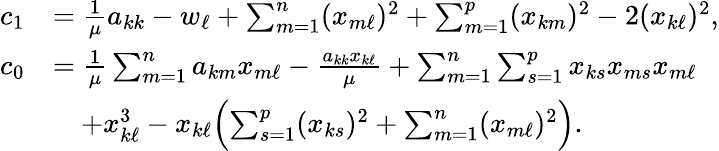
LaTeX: \begin{array}{rl}{c_{1}}&{=\frac{1}{\mu}a_{kk}-w_{\ell}+\sum_{m=1}^{n}(x_{m\ell})^{2}+\sum_{m=1}^{p}(x_{km})^{2}-2(x_{k\ell})^{2},}\\ {c_{0}}&{=\frac{1}{\mu}\sum_{m=1}^{n}a_{km}x_{m\ell}-\frac{a_{kk}x_{k\ell}}{\mu}+\sum_{m=1}^{n}\sum_{s=1}^{p}x_{ks}x_{ms}x_{m\ell}}\\ &{\quad+x_{k\ell}^{3}-x_{k\ell}\Bigl(\sum_{s=1}^{p}(x_{ks})^{2}+\sum_{m=1}^{n}(x_{m\ell})^{2}\Bigr).}\end{array}